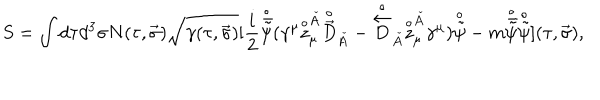
S = \int d \tau d ^ { 3 } \sigma N ( \tau , \vec { \sigma } ) \sqrt { \gamma ( \tau , \vec { \sigma } ) } [ { \frac { i } { 2 } } { \frac { \buildrel \circ } { \bar { \tilde { \psi } } } } ( \gamma ^ { \mu } { \frac { \buildrel \circ } { z } } _ { \mu } ^ { \check { A } } { \frac { \buildrel \circ } { \vec { D } } } _ { \check { A } } - { \frac { \buildrel \circ } { \frac { \buildrel \leftarrow } { D } } } _ { \check { A } } { \frac { \buildrel \circ } { z } } _ { \mu } ^ { \check { A } } \gamma ^ { \mu } ) { \frac { \buildrel \circ } { \tilde { \psi } } } - m { \frac { \buildrel \circ } { \bar { \tilde { \psi } } } } { \frac { \buildrel \circ } { \tilde { \psi } } } ] ( \tau , \vec { \sigma } ) ,